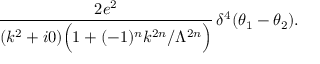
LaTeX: \frac { 2 e ^ { 2 } } { ( k ^ { 2 } + i 0 ) \Big ( 1 + ( - 1 ) ^ { n } k ^ { 2 n } / \Lambda ^ { 2 n } \Big ) } \, \delta ^ { 4 } ( \theta _ { 1 } - \theta _ { 2 } ) .